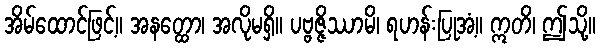
အိမ်ထောင်ဖြင့်။ အနတ္ထော၊ အလိုမရှိ။ ပဗ္ဗဇ္ဇိဿာမိ၊ ရဟန်းပြုအံ့။ ဣတိ၊ ဤသို့။